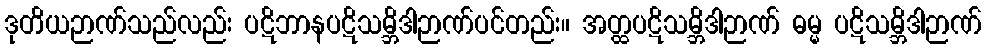
ဒုတိယဉာဏ်သည်လည်း ပဋိဘာနပဋိသမ္ဘိဒါဉာဏ်ပင်တည်း။ အတ္ထပဋိသမ္ဘိဒါဉာဏ် ဓမ္မ ပဋိသမ္ဘိဒါဉာဏ်